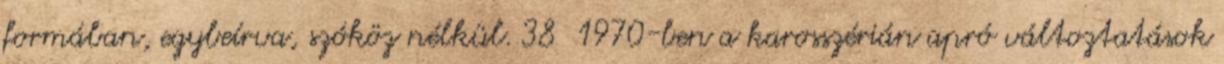
formában, egybeírva, szóköz nélkül. 38 1970-ben a karosszérián apró változtatások